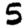
Digit: 5